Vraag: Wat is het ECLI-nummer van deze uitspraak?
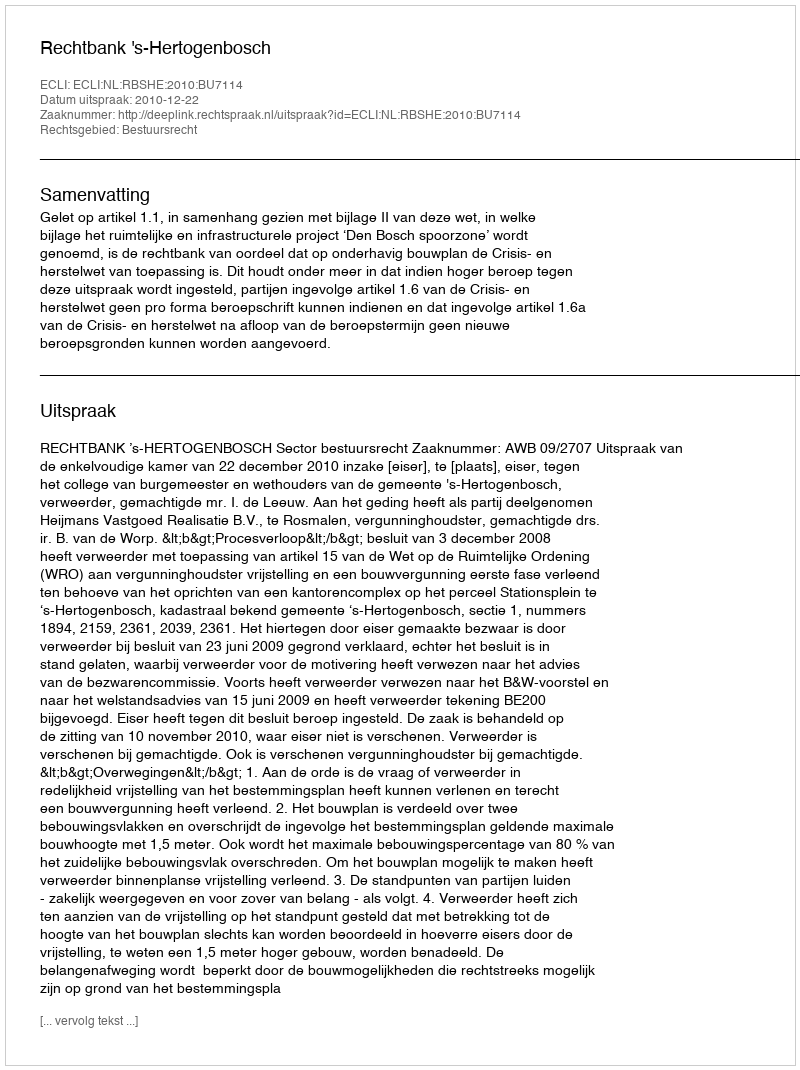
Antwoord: ECLI:NL:RBSHE:2010:BU7114